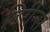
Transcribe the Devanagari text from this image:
टिरीन्स